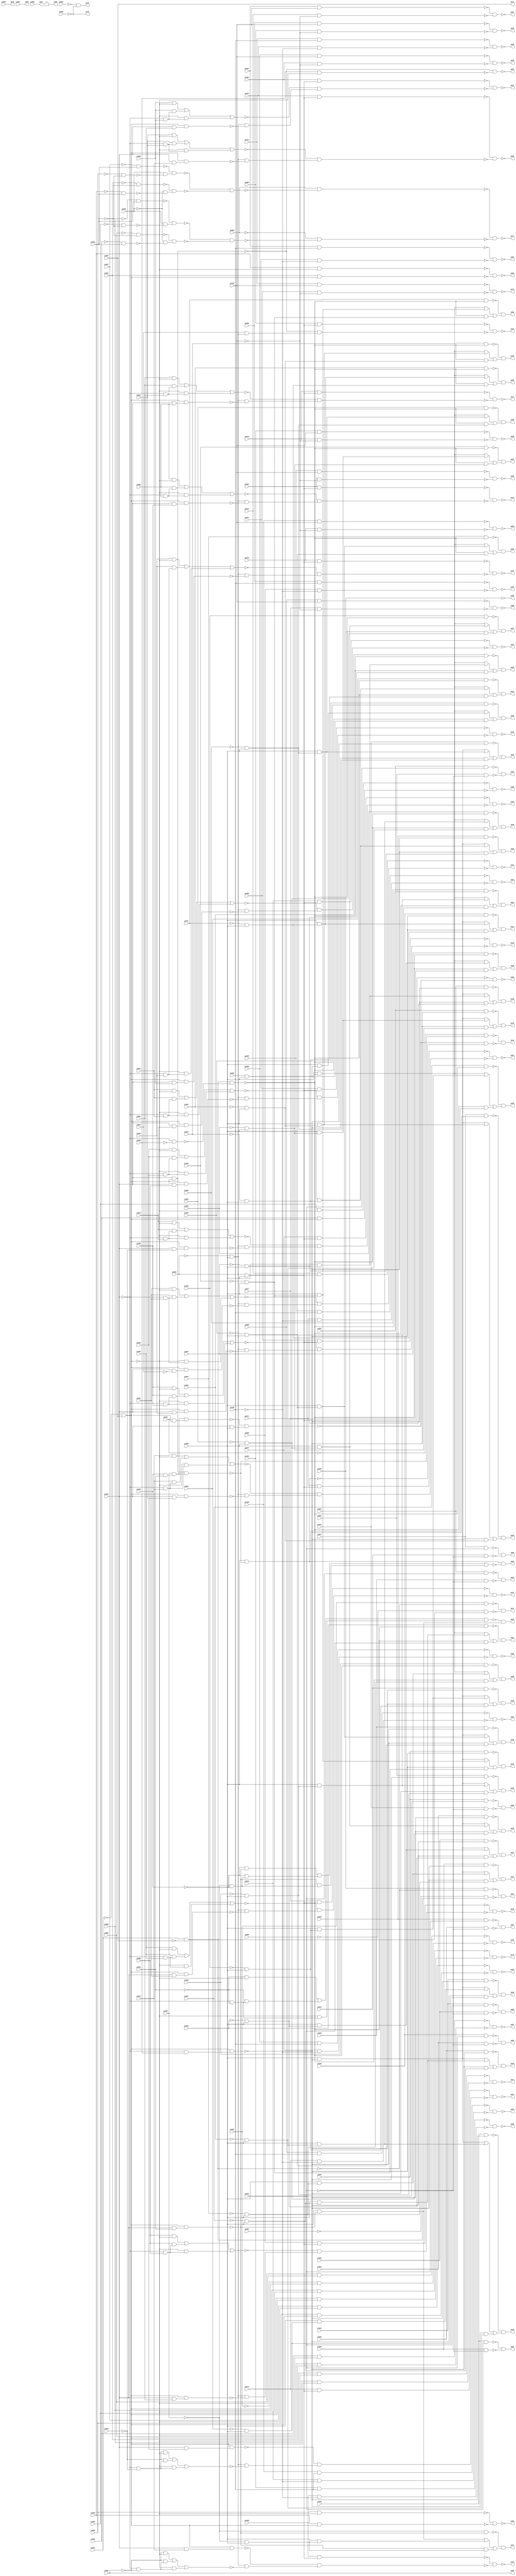
module top (
            pi000, pi001, pi002, pi003, pi004, pi005, pi006, pi007, pi008, pi009, pi010, pi011, pi012, pi013, pi014, pi015, pi016, pi017, pi018, pi019, pi020, pi021, pi022, pi023, pi024, pi025, pi026, pi027, pi028, pi029, pi030, pi031, pi032, pi033, pi034, pi035, pi036, pi037, pi038, pi039, pi040, pi041, pi042, pi043, pi044, pi045, pi046, pi047, pi048, pi049, pi050, pi051, pi052, pi053, pi054, pi055, pi056, pi057, pi058, pi059, pi060, pi061, pi062, pi063, pi064, pi065, pi066, pi067, pi068, pi069, pi070, pi071, pi072, pi073, pi074, pi075, pi076, pi077, pi078, pi079, pi080, pi081, pi082, pi083, pi084, pi085, pi086, pi087, pi088, pi089, pi090, pi091, pi092, pi093, pi094, pi095, pi096, pi097, pi098, pi099, pi100, pi101, pi102, pi103, pi104, pi105, 
            po00, po01, po02, po03, po04, po05, po06, po07, po08, po09, po10, po11, po12, po13, po14, po15, po16, po17, po18, po19, po20, po21, po22, po23, po24, po25, po26, po27, po28, po29, po30, po31, po32, po33, po34, po35, po36, po37, po38, po39, po40, po41, po42, po43, po44, po45, po46, po47, po48, po49, po50, po51, po52, po53, po54, po55, po56, po57, po58, po59, po60, po61, po62, po63, po64, po65, po66, po67, po68, po69, po70, po71, po72, po73, po74, po75, po76, po77, po78, po79, po80, po81, po82, po83, po84, po85, po86, po87, po88, po89, po90, po91, po92, po93, po94, po95, po96, po97);
input pi000, pi001, pi002, pi003, pi004, pi005, pi006, pi007, pi008, pi009, pi010, pi011, pi012, pi013, pi014, pi015, pi016, pi017, pi018, pi019, pi020, pi021, pi022, pi023, pi024, pi025, pi026, pi027, pi028, pi029, pi030, pi031, pi032, pi033, pi034, pi035, pi036, pi037, pi038, pi039, pi040, pi041, pi042, pi043, pi044, pi045, pi046, pi047, pi048, pi049, pi050, pi051, pi052, pi053, pi054, pi055, pi056, pi057, pi058, pi059, pi060, pi061, pi062, pi063, pi064, pi065, pi066, pi067, pi068, pi069, pi070, pi071, pi072, pi073, pi074, pi075, pi076, pi077, pi078, pi079, pi080, pi081, pi082, pi083, pi084, pi085, pi086, pi087, pi088, pi089, pi090, pi091, pi092, pi093, pi094, pi095, pi096, pi097, pi098, pi099, pi100, pi101, pi102, pi103, pi104, pi105;
output po00, po01, po02, po03, po04, po05, po06, po07, po08, po09, po10, po11, po12, po13, po14, po15, po16, po17, po18, po19, po20, po21, po22, po23, po24, po25, po26, po27, po28, po29, po30, po31, po32, po33, po34, po35, po36, po37, po38, po39, po40, po41, po42, po43, po44, po45, po46, po47, po48, po49, po50, po51, po52, po53, po54, po55, po56, po57, po58, po59, po60, po61, po62, po63, po64, po65, po66, po67, po68, po69, po70, po71, po72, po73, po74, po75, po76, po77, po78, po79, po80, po81, po82, po83, po84, po85, po86, po87, po88, po89, po90, po91, po92, po93, po94, po95, po96, po97;
wire one, w0, w1, w2, w3, w4, w5, w6, w7, w8, w9, w10, w11, w12, w13, w14, w15, w16, w17, w18, w19, w20, w21, w22, w23, w24, w25, w26, w27, w28, w29, w30, w31, w32, w33, w34, w35, w36, w37, w38, w39, w40, w41, w42, w43, w44, w45, w46, w47, w48, w49, w50, w51, w52, w53, w54, w55, w56, w57, w58, w59, w60, w61, w62, w63, w64, w65, w66, w67, w68, w69, w70, w71, w72, w73, w74, w75, w76, w77, w78, w79, w80, w81, w82, w83, w84, w85, w86, w87, w88, w89, w90, w91, w92, w93, w94, w95, w96, w97, w98, w99, w100, w101, w102, w103, w104, w105, w106, w107, w108, w109, w110, w111, w112, w113, w114, w115, w116, w117, w118, w119, w120, w121, w122, w123, w124, w125, w126, w127, w128, w129, w130, w131, w132, w133, w134, w135, w136, w137, w138, w139, w140, w141, w142, w143, w144, w145, w146, w147, w148, w149, w150, w151, w152, w153, w154, w155, w156, w157, w158, w159, w160, w161, w162, w163, w164, w165, w166, w167, w168, w169, w170, w171, w172, w173, w174, w175, w176, w177, w178, w179, w180, w181, w182, w183, w184, w185, w186, w187, w188, w189, w190, w191, w192, w193, w194, w195, w196, w197, w198, w199, w200, w201, w202, w203, w204, w205, w206, w207, w208, w209, w210, w211, w212, w213, w214, w215, w216, w217, w218, w219, w220, w221, w222, w223, w224, w225, w226, w227, w228, w229, w230, w231, w232, w233, w234, w235, w236, w237, w238, w239, w240, w241, w242, w243, w244, w245, w246, w247, w248, w249, w250, w251, w252, w253, w254, w255, w256, w257, w258, w259, w260, w261, w262, w263, w264, w265, w266, w267, w268, w269, w270, w271, w272, w273, w274, w275, w276, w277, w278, w279, w280, w281, w282, w283, w284, w285, w286, w287, w288, w289, w290, w291, w292, w293, w294, w295, w296, w297, w298, w299, w300, w301, w302, w303, w304, w305, w306, w307, w308, w309, w310, w311, w312, w313, w314, w315, w316, w317, w318, w319, w320, w321, w322, w323, w324, w325, w326, w327, w328, w329, w330, w331, w332, w333, w334, w335, w336, w337, w338, w339, w340, w341, w342, w343, w344, w345, w346, w347, w348, w349, w350, w351, w352, w353, w354, w355, w356, w357, w358, w359, w360, w361, w362, w363, w364, w365, w366, w367, w368, w369, w370, w371, w372, w373, w374, w375, w376, w377, w378, w379, w380, w381, w382, w383, w384, w385, w386, w387, w388, w389, w390, w391, w392, w393, w394, w395, w396;
assign w0 = pi026 & ~w179;
assign w1 = pi045 & ~w371;
assign w2 = (pi088 & ~w371) | (pi088 & w8) | (~w371 & w8);
assign w3 = ~w177 & ~w258;
assign w4 = pi015 & pi010;
assign w5 = w95 & w337;
assign w6 = (pi088 & ~w371) | (pi088 & w348) | (~w371 & w348);
assign w7 = pi018 & ~w179;
assign w8 = pi085 & pi088;
assign w9 = ~w210 & w35;
assign w10 = pi015 & w95;
assign w11 = pi021 & ~pi092;
assign w12 = ~w216 & w291;
assign w13 = ~w39 & w228;
assign w14 = pi033 & w95;
assign w15 = ~w164 & ~w310;
assign w16 = pi069 & w333;
assign w17 = ~pi041 & pi088;
assign w18 = ~w234 & ~w393;
assign w19 = ~pi015 & pi011;
assign w20 = ~w270 & ~w207;
assign w21 = ~w0 & w238;
assign w22 = pi044 & ~w371;
assign w23 = ~w189 & w332;
assign w24 = (pi088 & ~w179) | (pi088 & w348) | (~w179 & w348);
assign w25 = ~w328 & ~w11;
assign w26 = ~w120 & w362;
assign w27 = ~w10 & ~w53;
assign w28 = w184 & ~w285;
assign w29 = ~w87 & ~w305;
assign w30 = pi079 & ~pi104;
assign w31 = pi075 & w333;
assign w32 = pi063 & ~w93;
assign w33 = w184 & ~w342;
assign w34 = ~w80 & ~w274;
assign w35 = w184 & ~w75;
assign w36 = pi051 & ~w371;
assign w37 = w95 & w380;
assign w38 = ~w52 & ~w255;
assign w39 = pi022 & ~w179;
assign w40 = (pi088 & ~w371) | (pi088 & w239) | (~w371 & w239);
assign w41 = ~w77 & ~w73;
assign w42 = w184 & ~w344;
assign w43 = pi074 & w333;
assign w44 = pi046 & ~w371;
assign w45 = ~pi094 & ~w187;
assign w46 = pi038 & ~w371;
assign w47 = ~w227 & w6;
assign w48 = ~w60 & ~w292;
assign w49 = ~pi090 & w93;
assign w50 = pi040 & ~w371;
assign w51 = ~w193 & w257;
assign w52 = pi032 & pi092;
assign w53 = pi053 & ~w95;
assign w54 = w184 & ~w173;
assign w55 = (pi001 & ~w95) | (pi001 & w302) | (~w95 & w302);
assign w56 = ~w31 & ~w51;
assign w57 = ~w195 & w79;
assign w58 = pi015 & pi013;
assign w59 = pi029 & ~w179;
assign w60 = pi083 & w333;
assign w61 = ~pi059 & ~pi093;
assign w62 = pi100 & pi104;
assign w63 = pi064 & ~w93;
assign w64 = ~w272 & w54;
assign w65 = ~w209 & w91;
assign w66 = ~w163 & ~w340;
assign w67 = pi097 & pi105;
assign w68 = pi078 & ~pi104;
assign w69 = ~pi047 & pi088;
assign w70 = w82 & w14;
assign w71 = ~w101 & w236;
assign w72 = pi015 & pi006;
assign w73 = pi083 & ~pi104;
assign w74 = (pi010 & ~w95) | (pi010 & w229) | (~w95 & w229);
assign w75 = w95 & w99;
assign w76 = pi095 & ~w138;
assign w77 = pi096 & pi104;
assign w78 = pi060 & ~w95;
assign w79 = (pi088 & ~w179) | (pi088 & w125) | (~w179 & w125);
assign w80 = pi103 & pi105;
assign w81 = pi021 & ~w179;
assign w82 = pi036 & w299;
assign w83 = pi015 & pi009;
assign w84 = pi037 & ~w371;
assign w85 = w95 & w277;
assign w86 = ~pi015 & pi007;
assign w87 = pi068 & w333;
assign w88 = pi082 & ~pi104;
assign w89 = (~pi034 & ~w37) | (~pi034 & w359) | (~w37 & w359);
assign w90 = (pi088 & ~w179) | (pi088 & w320) | (~w179 & w320);
assign w91 = w184 & ~w268;
assign w92 = pi015 & ~pi014;
assign w93 = pi067 & ~pi084;
assign w94 = ~pi060 & pi093;
assign w95 = ~pi067 & pi084;
assign w96 = pi019 & pi092;
assign w97 = (pi088 & ~w371) | (pi088 & w320) | (~w371 & w320);
assign w98 = (pi088 & ~w179) | (pi088 & w383) | (~w179 & w383);
assign w99 = pi015 & pi001;
assign w100 = pi094 & ~w200;
assign w101 = pi043 & ~w371;
assign w102 = ~w145 & w183;
assign w103 = (pi088 & ~w371) | (pi088 & w69) | (~w371 & w69);
assign w104 = ~pi037 & pi088;
assign w105 = ~w160 & ~w106;
assign w106 = pi071 & ~pi105;
assign w107 = pi018 & pi092;
assign w108 = ~pi015 & pi005;
assign w109 = (~pi035 & ~w95) | (~pi035 & w226) | (~w95 & w226);
assign w110 = pi080 & ~pi105;
assign w111 = pi026 & ~pi092;
assign w112 = ~w32 & ~w49;
assign w113 = ~w346 & ~w364;
assign w114 = pi074 & ~pi105;
assign w115 = w95 & w341;
assign w116 = ~pi043 & pi088;
assign w117 = pi025 & ~pi092;
assign w118 = ~w186 & w347;
assign w119 = (pi088 & ~w179) | (pi088 & w288) | (~w179 & w288);
assign w120 = ~pi061 & ~pi093;
assign w121 = ~pi015 & pi012;
assign w122 = pi041 & ~w371;
assign w123 = ~w353 & ~w190;
assign w124 = w10 & w82;
assign w125 = ~pi038 & pi088;
assign w126 = pi072 & w333;
assign w127 = ~w254 & ~w271;
assign w128 = ~w339 & ~w335;
assign w129 = pi057 & ~w95;
assign w130 = pi052 & ~w371;
assign w131 = ~w55 & w28;
assign w132 = ~w43 & ~w167;
assign w133 = ~w304 & w252;
assign w134 = ~pi015 & pi004;
assign w135 = ~w202 & ~w208;
assign w136 = pi049 & ~w371;
assign w137 = ~w70 & w378;
assign w138 = ~w263 & ~w26;
assign w139 = pi024 & ~w179;
assign w140 = pi054 & ~w95;
assign w141 = ~w46 & w97;
assign w142 = ~pi015 & pi006;
assign w143 = pi023 & ~pi092;
assign w144 = ~w223 & w369;
assign w145 = pi030 & ~w179;
assign w146 = (pi088 & ~w179) | (pi088 & w116) | (~w179 & w116);
assign w147 = ~w67 & ~w249;
assign w148 = ~pi015 & pi003;
assign w149 = (pi088 & ~w179) | (pi088 & w354) | (~w179 & w354);
assign w150 = pi098 & pi104;
assign w151 = ~w316 & ~w143;
assign w152 = ~w324 & w357;
assign w153 = ~w205 & ~w375;
assign w154 = ~w333 & ~w137;
assign w155 = ~w232 & ~w30;
assign w156 = ~pi095 & ~w222;
assign w157 = pi094 & ~w269;
assign w158 = ~pi046 & pi088;
assign w159 = pi099 & pi104;
assign w160 = pi102 & pi105;
assign w161 = w184 & ~w185;
assign w162 = pi015 & pi005;
assign w163 = pi078 & w333;
assign w164 = pi102 & pi104;
assign w165 = ~pi015 & pi009;
assign w166 = pi055 & ~w95;
assign w167 = ~w74 & w33;
assign w168 = (~pi000 & ~w95) | (~pi000 & w211) | (~w95 & w211);
assign w169 = ~pi015 & ~pi053;
assign w170 = (pi088 & ~w371) | (pi088 & w17) | (~w371 & w17);
assign w171 = (pi004 & ~w95) | (pi004 & w134) | (~w95 & w134);
assign w172 = ~pi015 & pi002;
assign w173 = w95 & w162;
assign w174 = pi101 & pi104;
assign w175 = ~w130 & w181;
assign w176 = ~w7 & w149;
assign w177 = pi079 & w333;
assign w178 = (pi088 & ~w371) | (pi088 & w368) | (~w371 & w368);
assign w179 = w95 & w313;
assign w180 = ~w122 & w225;
assign w181 = (pi088 & ~w371) | (pi088 & w383) | (~w371 & w383);
assign w182 = pi054 & w95;
assign w183 = (pi088 & ~w179) | (pi088 & w17) | (~w179 & w17);
assign w184 = ~pi062 & pi088;
assign w185 = w95 & w323;
assign w186 = pi025 & ~w179;
assign w187 = ~pi056 & pi093;
assign w188 = ~pi015 & ~pi016;
assign w189 = ~pi036 & ~w37;
assign w190 = pi076 & ~pi104;
assign w191 = ~w373 & w301;
assign w192 = ~w16 & ~w191;
assign w193 = (pi012 & ~w95) | (pi012 & w121) | (~w95 & w121);
assign w194 = (pi088 & ~w371) | (pi088 & w315) | (~w371 & w315);
assign w195 = pi031 & ~w179;
assign w196 = ~w321 & ~w273;
assign w197 = ~w338 & ~w199;
assign w198 = w184 & ~w240;
assign w199 = pi029 & ~pi092;
assign w200 = ~pi054 & ~pi093;
assign w201 = w95 & w83;
assign w202 = pi058 & ~w95;
assign w203 = pi015 & pi008;
assign w204 = ~w336 & w24;
assign w205 = pi101 & pi105;
assign w206 = pi099 & pi105;
assign w207 = ~w201 & w352;
assign w208 = pi055 & w95;
assign w209 = (pi011 & ~w95) | (pi011 & w19) | (~w95 & w19);
assign w210 = (pi002 & ~w95) | (pi002 & w172) | (~w95 & w172);
assign w211 = ~pi015 & ~pi000;
assign w212 = ~w129 & ~w261;
assign w213 = ~w126 & ~w267;
assign w214 = ~w94 & w100;
assign w215 = pi023 & ~w179;
assign w216 = (pi008 & ~w95) | (pi008 & w217) | (~w95 & w217);
assign w217 = ~pi015 & pi008;
assign w218 = ~pi063 & w95;
assign w219 = ~w44 & w367;
assign w220 = ~w382 & w327;
assign w221 = w95 & w298;
assign w222 = ~w214 & ~w286;
assign w223 = pi020 & ~w179;
assign w224 = ~w78 & ~w182;
assign w225 = (pi088 & ~w371) | (pi088 & w325) | (~w371 & w325);
assign w226 = ~pi015 & ~pi035;
assign w227 = pi042 & ~w371;
assign w228 = (pi088 & ~w179) | (pi088 & w368) | (~w179 & w368);
assign w229 = ~pi015 & pi010;
assign w230 = w184 & ~w296;
assign w231 = pi056 & w95;
assign w232 = pi103 & pi104;
assign w233 = pi015 & ~pi016;
assign w234 = pi056 & ~w95;
assign w235 = pi071 & w333;
assign w236 = (pi088 & ~w371) | (pi088 & w354) | (~w371 & w354);
assign w237 = pi059 & ~w95;
assign w238 = (pi088 & ~w179) | (pi088 & w315) | (~w179 & w315);
assign w239 = ~pi039 & pi088;
assign w240 = w95 & w203;
assign w241 = w184 & ~w5;
assign w242 = ~pi091 & w93;
assign w243 = ~w59 & w303;
assign w244 = ~pi055 & pi093;
assign w245 = pi070 & w333;
assign w246 = ~w379 & ~w64;
assign w247 = ~w174 & ~w396;
assign w248 = pi060 & w95;
assign w249 = pi072 & ~pi105;
assign w250 = ~w350 & ~w9;
assign w251 = (pi013 & ~w95) | (pi013 & w360) | (~w95 & w360);
assign w252 = (pi088 & ~w179) | (pi088 & w325) | (~w179 & w325);
assign w253 = ~w1 & w178;
assign w254 = pi017 & pi092;
assign w255 = pi022 & ~pi092;
assign w256 = ~w96 & ~w111;
assign w257 = w184 & ~w85;
assign w258 = ~w295 & w42;
assign w259 = ~pi044 & pi088;
assign w260 = (pi088 & ~w371) | (pi088 & w104) | (~w371 & w104);
assign w261 = pi058 & w95;
assign w262 = (pi088 & ~w371) | (pi088 & w259) | (~w371 & w259);
assign w263 = ~w266 & w157;
assign w264 = ~pi033 & ~w124;
assign w265 = ~w150 & ~w281;
assign w266 = ~pi057 & pi093;
assign w267 = ~w343 & w198;
assign w268 = w95 & w4;
assign w269 = ~pi058 & ~pi093;
assign w270 = pi073 & w333;
assign w271 = pi024 & ~pi092;
assign w272 = (pi006 & ~w95) | (pi006 & w142) | (~w95 & w142);
assign w273 = pi073 & ~pi105;
assign w274 = pi069 & ~pi105;
assign w275 = pi039 & ~w371;
assign w276 = ~pi036 & pi088;
assign w277 = pi015 & pi011;
assign w278 = ~w308 & w146;
assign w279 = ~w140 & ~w231;
assign w280 = pi088 & ~w37;
assign w281 = pi077 & ~pi104;
assign w282 = ~w50 & w388;
assign w283 = pi015 & pi012;
assign w284 = ~w139 & w330;
assign w285 = w95 & w92;
assign w286 = ~w61 & w45;
assign w287 = ~w136 & w262;
assign w288 = ~pi045 & pi088;
assign w289 = pi082 & w333;
assign w290 = ~w264 & ~w384;
assign w291 = w184 & ~w115;
assign w292 = ~w10 & w381;
assign w293 = ~w289 & ~w152;
assign w294 = pi076 & w333;
assign w295 = (pi007 & ~w95) | (pi007 & w86) | (~w95 & w86);
assign w296 = w95 & w283;
assign w297 = pi061 & ~w95;
assign w298 = pi015 & pi002;
assign w299 = pi034 & pi035;
assign w300 = ~w36 & w170;
assign w301 = w184 & ~w168;
assign w302 = ~pi015 & pi001;
assign w303 = (pi088 & ~w179) | (pi088 & w239) | (~w179 & w239);
assign w304 = pi032 & ~w179;
assign w305 = ~w311 & w161;
assign w306 = pi048 & ~w371;
assign w307 = ~w275 & w2;
assign w308 = pi019 & ~w179;
assign w309 = ~w366 & ~w12;
assign w310 = pi081 & ~pi104;
assign w311 = (pi005 & ~w95) | (pi005 & w108) | (~w95 & w108);
assign w312 = ~w76 & ~w156;
assign w313 = ~pi015 & pi053;
assign w314 = ~w329 & w103;
assign w315 = ~pi050 & pi088;
assign w316 = pi030 & pi092;
assign w317 = ~w63 & ~w242;
assign w318 = pi027 & ~w179;
assign w319 = ~w159 & ~w88;
assign w320 = ~pi048 & pi088;
assign w321 = pi098 & pi105;
assign w322 = ~w251 & w230;
assign w323 = pi015 & pi004;
assign w324 = (pi003 & ~w95) | (pi003 & w148) | (~w95 & w148);
assign w325 = ~pi040 & pi088;
assign w326 = ~w107 & ~w117;
assign w327 = (pi088 & ~w371) | (pi088 & w158) | (~w371 & w158);
assign w328 = pi031 & pi092;
assign w329 = pi050 & ~w371;
assign w330 = (pi088 & ~w179) | (pi088 & w158) | (~w179 & w158);
assign w331 = ~w166 & ~w345;
assign w332 = (pi088 & ~w37) | (pi088 & w276) | (~w37 & w276);
assign w333 = pi062 & pi088;
assign w334 = w390 & ~w89;
assign w335 = pi020 & ~pi092;
assign w336 = pi017 & ~w179;
assign w337 = pi015 & pi003;
assign w338 = pi027 & pi092;
assign w339 = pi028 & pi092;
assign w340 = ~w171 & w241;
assign w341 = pi015 & pi007;
assign w342 = w95 & w233;
assign w343 = (pi009 & ~w95) | (pi009 & w165) | (~w95 & w165);
assign w344 = w95 & w72;
assign w345 = pi061 & w95;
assign w346 = pi100 & pi105;
assign w347 = (pi088 & ~w179) | (pi088 & w69) | (~w179 & w69);
assign w348 = ~pi051 & pi088;
assign w349 = (~pi016 & ~w95) | (~pi016 & w188) | (~w95 & w188);
assign w350 = pi077 & w333;
assign w351 = ~w245 & ~w65;
assign w352 = w184 & ~w349;
assign w353 = pi097 & pi104;
assign w354 = ~pi042 & pi088;
assign w355 = pi096 & pi105;
assign w356 = ~w235 & ~w322;
assign w357 = w184 & ~w221;
assign w358 = ~w355 & ~w110;
assign w359 = ~pi036 & ~pi034;
assign w360 = ~pi015 & pi013;
assign w361 = ~w318 & w392;
assign w362 = ~pi094 & ~w244;
assign w363 = ~w81 & w98;
assign w364 = pi070 & ~pi105;
assign w365 = ~w297 & ~w248;
assign w366 = pi080 & w333;
assign w367 = (pi088 & ~w371) | (pi088 & w288) | (~w371 & w288);
assign w368 = ~pi052 & pi088;
assign w369 = (pi088 & ~w179) | (pi088 & w259) | (~w179 & w259);
assign w370 = ~w206 & ~w114;
assign w371 = w93 & ~w169;
assign w372 = ~w306 & w260;
assign w373 = w95 & w58;
assign w374 = ~w22 & w40;
assign w375 = pi075 & ~pi105;
assign w376 = ~pi065 & ~pi066;
assign w377 = pi028 & ~w179;
assign w378 = pi015 & pi088;
assign w379 = pi081 & w333;
assign w380 = pi015 & pi035;
assign w381 = pi014 & w184;
assign w382 = pi047 & ~w371;
assign w383 = ~pi049 & pi088;
assign w384 = ~w137 & ~w390;
assign w385 = ~w294 & ~w131;
assign w386 = ~w215 & w119;
assign w387 = ~w109 & w280;
assign w388 = (pi088 & ~w371) | (pi088 & w125) | (~w371 & w125);
assign w389 = ~w84 & w194;
assign w390 = pi088 & ~w124;
assign w391 = ~w237 & ~w218;
assign w392 = (pi088 & ~w179) | (pi088 & w104) | (~w179 & w104);
assign w393 = pi059 & w95;
assign w394 = ~w377 & w90;
assign w395 = ~w62 & ~w68;
assign w396 = pi068 & ~pi104;
assign one = 1;
assign po00 = pi000;
assign po01 = w197;
assign po02 = w128;
assign po03 = w25;
assign po04 = w38;
assign po05 = w151;
assign po06 = w127;
assign po07 = w326;
assign po08 = w256;
assign po09 = pi087;
assign po10 = ~w192;
assign po11 = ~w385;
assign po12 = ~w250;
assign po13 = ~w293;
assign po14 = ~w66;
assign po15 = ~w29;
assign po16 = ~w246;
assign po17 = ~w3;
assign po18 = ~w309;
assign po19 = ~w213;
assign po20 = ~w132;
assign po21 = ~w351;
assign po22 = ~w56;
assign po23 = ~w356;
assign po24 = ~w48;
assign po25 = one;
assign po26 = ~w154;
assign po27 = ~w20;
assign po28 = w204;
assign po29 = w176;
assign po30 = w278;
assign po31 = w144;
assign po32 = w363;
assign po33 = w13;
assign po34 = w386;
assign po35 = w284;
assign po36 = w118;
assign po37 = w21;
assign po38 = w361;
assign po39 = w394;
assign po40 = w243;
assign po41 = w102;
assign po42 = w57;
assign po43 = w133;
assign po44 = w290;
assign po45 = w334;
assign po46 = w387;
assign po47 = w23;
assign po48 = w389;
assign po49 = w141;
assign po50 = w307;
assign po51 = w282;
assign po52 = w180;
assign po53 = w47;
assign po54 = w71;
assign po55 = w374;
assign po56 = w253;
assign po57 = w219;
assign po58 = w220;
assign po59 = w372;
assign po60 = w287;
assign po61 = w314;
assign po62 = w300;
assign po63 = w175;
assign po64 = ~w27;
assign po65 = ~w279;
assign po66 = ~w331;
assign po67 = ~w18;
assign po68 = ~w212;
assign po69 = ~w135;
assign po70 = ~w391;
assign po71 = ~w224;
assign po72 = ~w365;
assign po73 = w376;
assign po74 = w112;
assign po75 = w317;
assign po76 = ~pi066;
assign po77 = ~w312;
assign po78 = pi084;
assign po79 = ~w247;
assign po80 = ~w34;
assign po81 = ~w113;
assign po82 = ~w105;
assign po83 = ~w147;
assign po84 = ~w196;
assign po85 = ~w370;
assign po86 = ~w153;
assign po87 = ~w123;
assign po88 = ~w265;
assign po89 = ~w395;
assign po90 = ~w155;
assign po91 = ~w358;
assign po92 = ~w15;
assign po93 = ~w319;
assign po94 = ~w41;
assign po95 = pi086;
assign po96 = ~pi064;
assign po97 = pi089;
endmodule